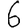
Digit: 6